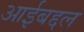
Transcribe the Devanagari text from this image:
आईबद्दल